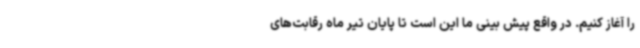
را آغاز کنیم. در واقع پیش بینی ما این است تا پایان تیر ماه رقابت‌های